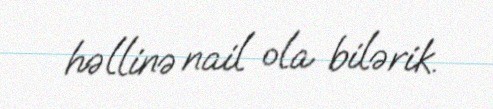
həllinə nail ola bilərik.